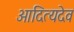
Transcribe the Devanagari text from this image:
आदित्यदेव